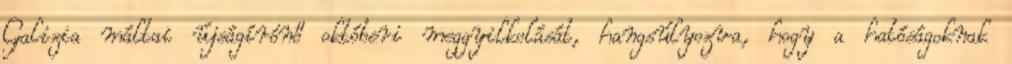
Galizia máltai újságírónő októberi meggyilkolását, hangsúlyozva, hogy a hatóságoknak